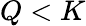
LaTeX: Q<K